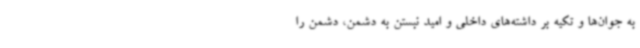
به جوان‌ها و تکیه بر داشته‌های داخلی و امید نبستن به دشمن، دشمن را